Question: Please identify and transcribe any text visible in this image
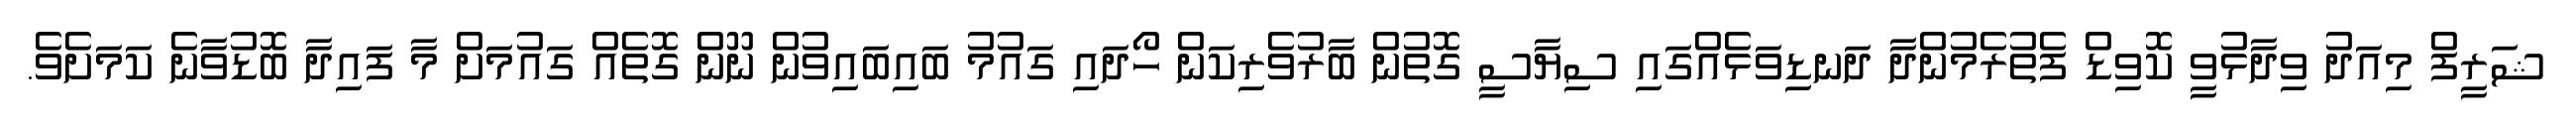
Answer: ޝަރީފް މިއަދު ވިދާޅުވީ ކޮވިޑް ފެތުރެމުންދާ ދަނޑިވަޅެއްގައި ސިޔާސީ ގޮތުން ބާރުވެރިކަން ހޯދައި ގައުމު ބައިބައިވުން ނޫން ގޮތެއް ގައުމަށް މާ ފައިދާ ބޮޑުވާނެ ކަމަށެވެ.